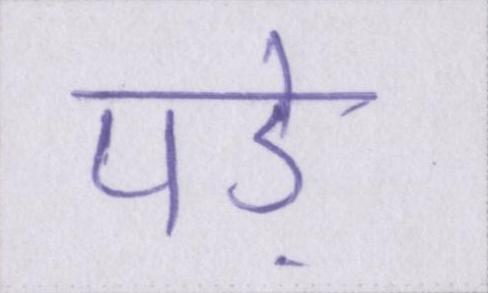
पड़े